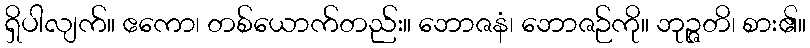
ရှိပါလျက်။ ဧကော၊ တစ်ယောက်တည်း။ ဘောဇနံ၊ ဘောဇဉ်ကို။ ဘုဉ္ဇတိ၊ စား၏။